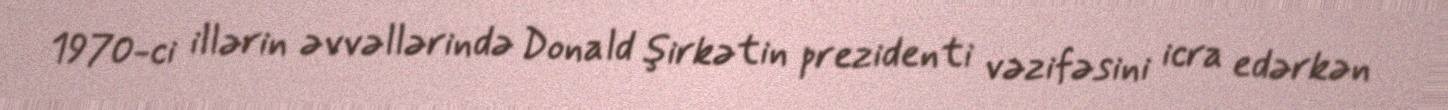
1970-ci illərin əvvəllərində Donald şirkətin prezidenti vəzifəsini icra edərkən